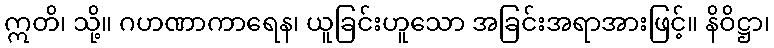
ဣတိ၊ သို့။ ဂဟဏာကာရေန၊ ယူခြင်းဟူသော အခြင်းအရာအားဖြင့်။ နိဝိဋ္ဌာ၊